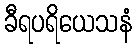
ခီရပရိယေသနံ